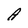
Character: A